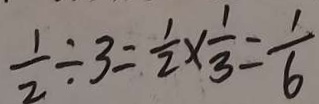
\frac { 1 } { 2 } \div 3 = \frac { 1 } { 2 } \times \frac { 1 } { 3 } = \frac { 1 } { 6 }